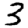
Digit: 3